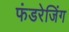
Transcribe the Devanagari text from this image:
फंडरेजिंग